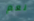
نعم